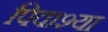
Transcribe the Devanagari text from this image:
पिवाश्या